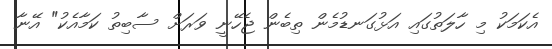
އެކަމަކު މި ހާލަތުގައި އަޅުގަނޑުމެން ތިބެން ޖެހޭނީ ވަރަށް ސާބިތު ކަމާއެކު" އޭނާ